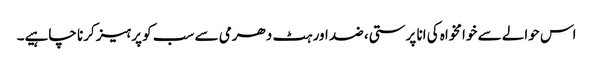
اس حوالے سے خوامخواہ کی انا پرستی، ضد اور ہٹ دھرمی سے سب کو پرہیز کرنا چاہیے۔